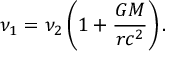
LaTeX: \nu _ { 1 } = \nu _ { 2 } \left( 1 + { \frac { G M } { r c ^ { 2 } } } \right) .